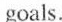
goals.